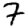
Digit: 7